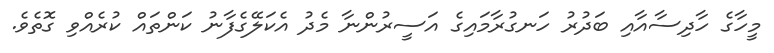
މީހާގެ ހާދިސާއާއި ބަދުރު ހަނގުރާމައިގެ އަސީރުންނާ މެދު އެކަލޭގެފާނު ކަންތައް ކުރެއްވި ގޮތެވެ.